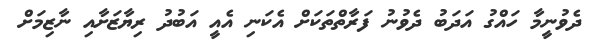
ދެވުނީމާ ހައްގު އަދަބު ދެވުނު ފަރާތްތަކަށް އެކަނި އެއީ އަބުދު ރިޔާޒަށާއި ނާޒިމަށް